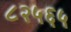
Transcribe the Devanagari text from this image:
८२५६५